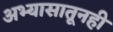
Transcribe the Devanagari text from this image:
अभ्यासातूनही